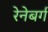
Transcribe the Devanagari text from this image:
रेनेबर्ग